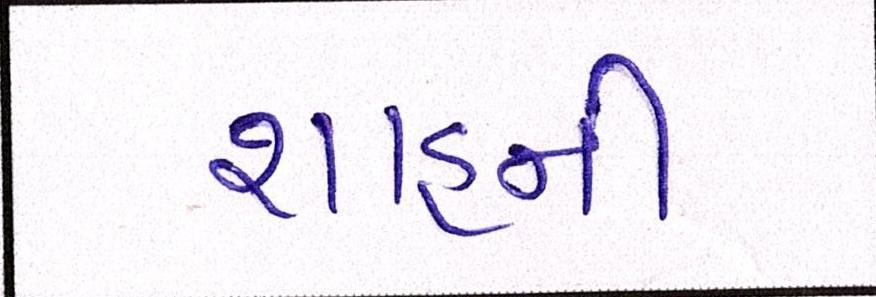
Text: શાહની